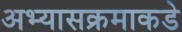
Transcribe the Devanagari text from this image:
अभ्यासक्रमाकडे